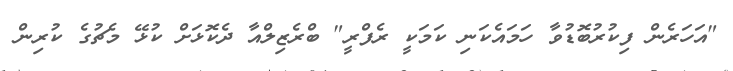
"އަހަރެން ފިކުރުބޮޑުވާ ހަމައެކަނި ކަމަކީ ރެފްރީ" ބްރެޒިލްއާ ދެކޮޅަށް ކުޅޭ މެޗުގެ ކުރިން